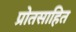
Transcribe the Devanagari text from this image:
प्रोतसाहित